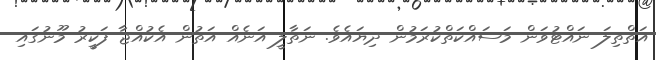
އަތްތިލަ ނައްޓުވަން މަސައްކަތްކުރަމުން ދިޔައެވެ. ނަތާލީ އަނެއް އަތުން އެކުއްޖާ ފަކީރު މޫނުގައި